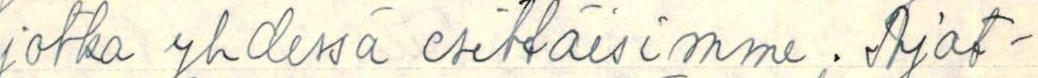
jotka yhdessä esittäisimme. Ajat-